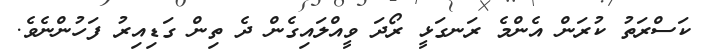
ކަސްރަތު ކުރަން އެންމެ ރަނގަޅީ ރޯދަ ވީއްލައިގެން ދެ ތިން ގަޑިއިރު ފަހުންނެވެ.